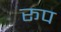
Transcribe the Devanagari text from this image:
रूप्‍ा